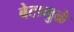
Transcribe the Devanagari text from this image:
बेटामुळे